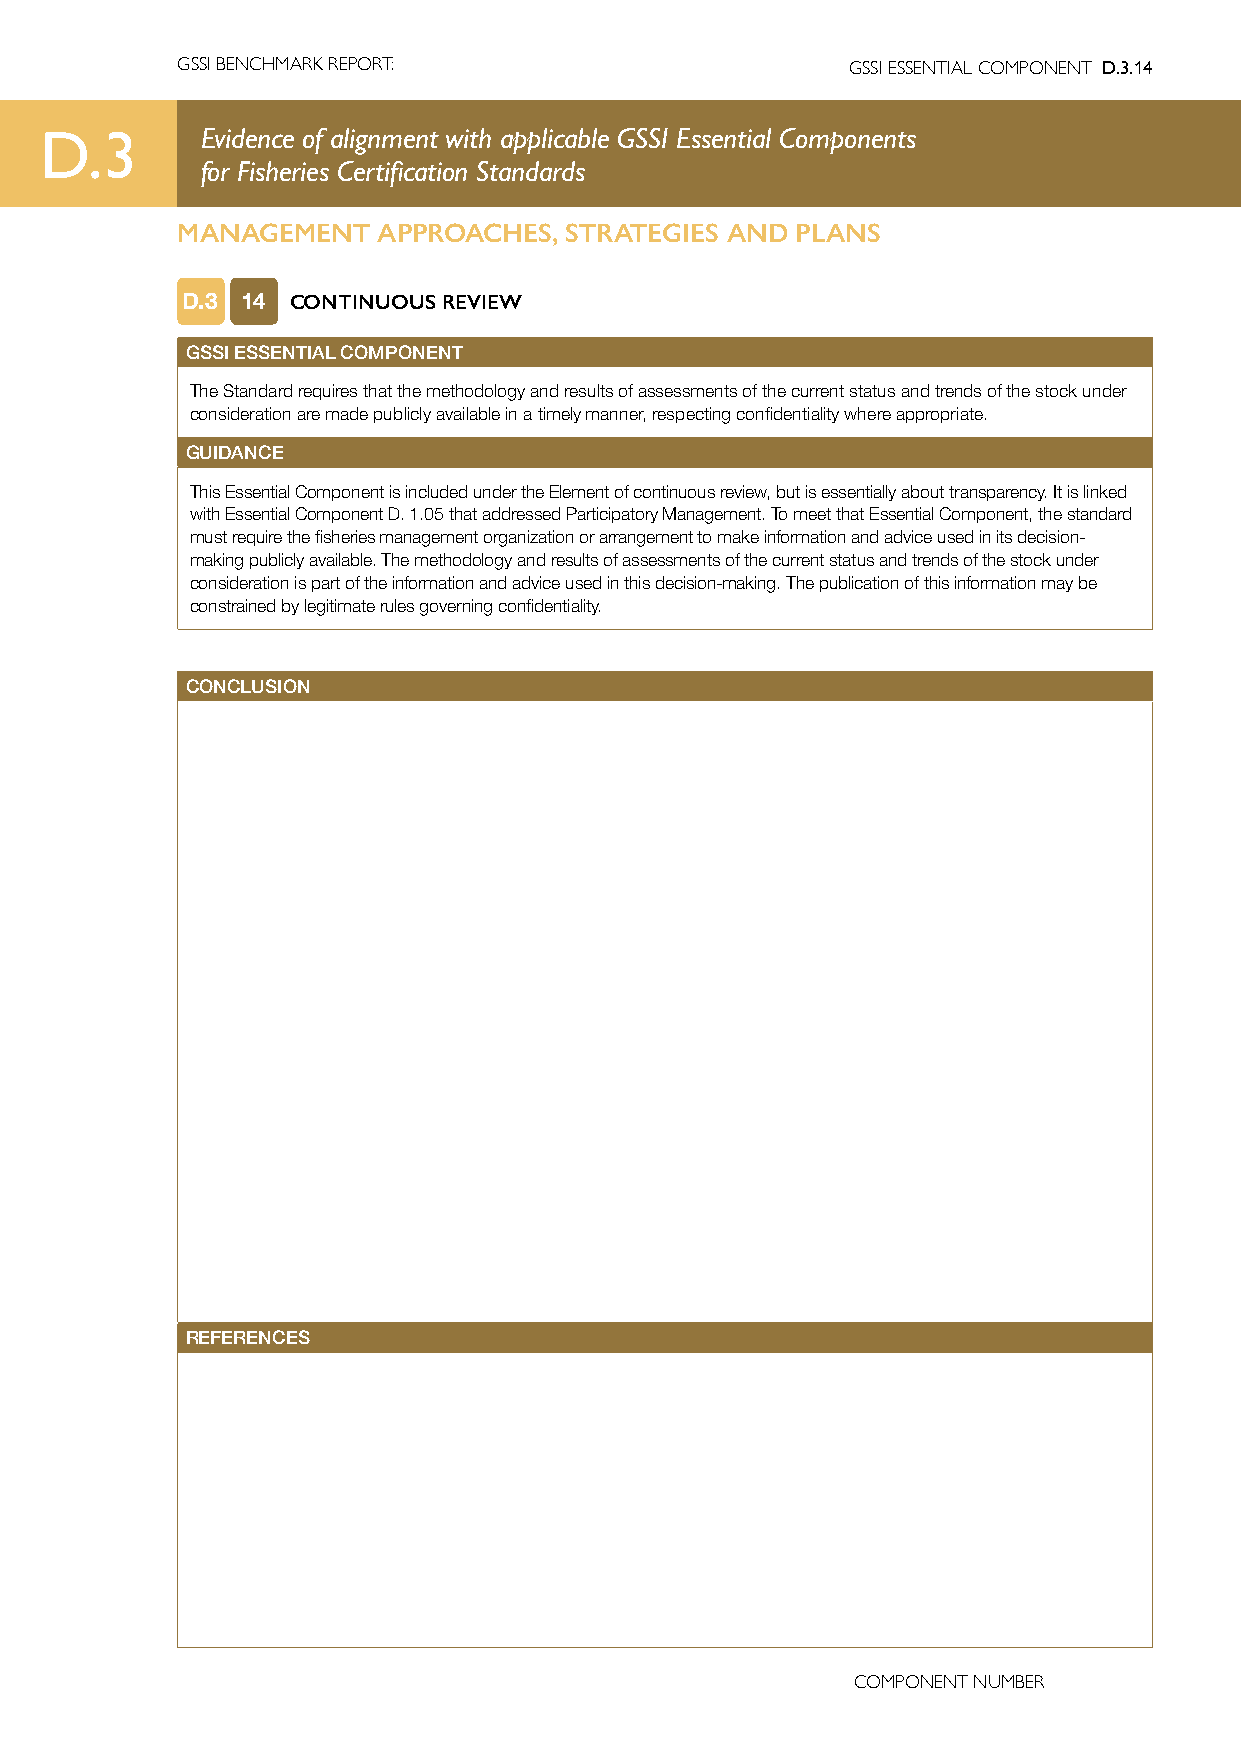
GSSI BENCHMARK REPORT:                      GSSI ESSENTIAL COMPONENT D.3.14
 D.3       Evidence of alignment with applicable GSSI Essential Components
 for Fisheries Certification Standards
 MANAGEMENT   APPROACHES, STRATEGIES AND  PLANS
 D.3 14 CONTINUOUS REVIEW
 GSSI ESSENTIAL COMPONENT
 The Standard requires that the methodology and results of assessments of the current status and trends of the stock under
 consideration are made publicly available in a timely manner, respecting confidentiality where appropriate.
 GUIDANCE
 This Essential Component is included under the Element of continuous review, but is essentially about transparency. It is linked
 with Essential Component D. 1.05 that addressed Participatory Management. To meet that Essential Component, the standard
 must require the fisheries management organization or arrangement to make information and advice used in its decision-
 making publicly available. The methodology and results of assessments of the current status and trends of the stock under
 consideration is part of the information and advice used in this decision-making. The publication of this information may be
 constrained by legitimate rules governing confidentiality.
 CONCLUSION
 REFERENCES
 COMPONENT NUMBER